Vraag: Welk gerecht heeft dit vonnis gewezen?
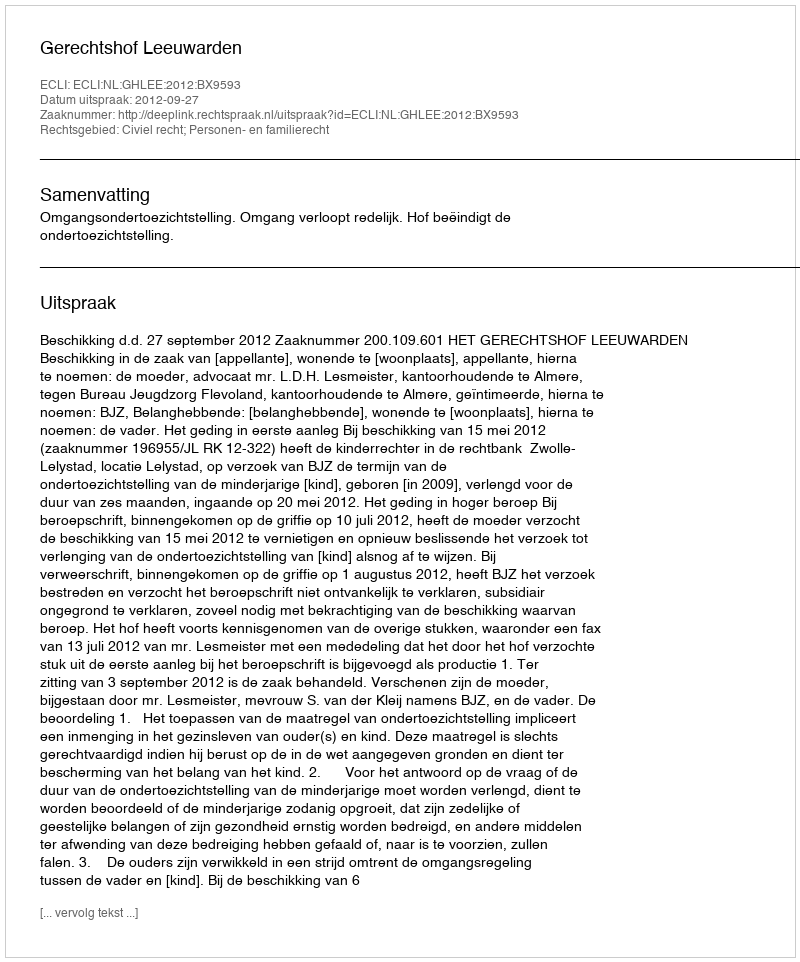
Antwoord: Gerechtshof Leeuwarden